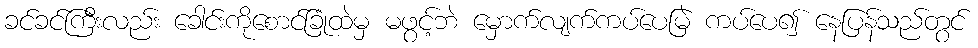
ခင်ခင်ကြီးလည်း ခေါင်းကိုစောင်ခြုံထဲမှ မဖွင့်ဘဲ မှောက်လျက်ကပ်ပေမြဲ ကပ်ပေ၍ နေပြန်သည်တွင်